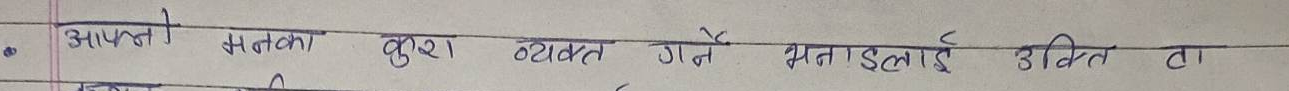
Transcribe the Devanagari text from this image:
आफ्नो मनका कुरा व्यक्त गर्ने भनाइलाई उक्ति वा